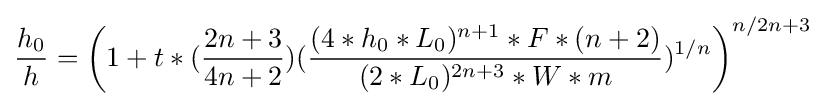
{\frac {h_{0}}{h}}=\left(1+t*({\frac {2n+3}{4n+2}})({\frac {(4*h_{0}*L_{0})^{n+1}*F*(n+2)}{(2*L_{0})^{2n+3}*W*m}})^{1/n}\right)^{n/2n+3}